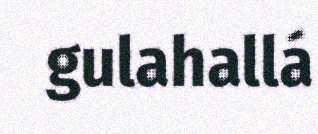
gulahallá